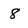
Character: 8